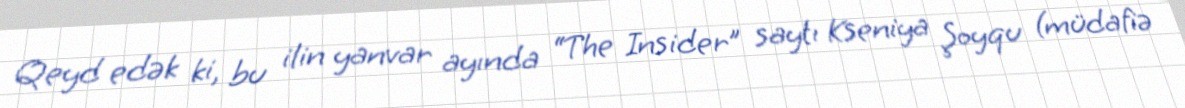
Qeyd edək ki, bu ilin yanvar ayında “The Insider” saytı Kseniya Şoyqu (müdafiə